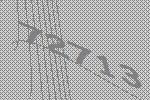
72713